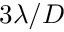
3 \lambda / D